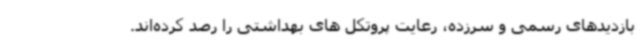
بازدیدهای رسمی و سرزده، رعایت پروتکل های بهداشتی را رصد کرده‌اند.